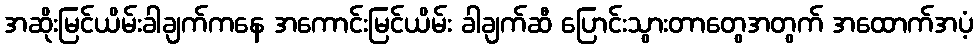
အဆိုးမြင်ယိမ်းခါချက်ကနေ အကောင်းမြင်ယိမ်း ခါချက်ဆီ ပြောင်းသွားတာတွေအတွက် အထောက်အပံ့